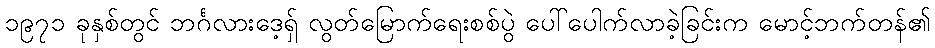
၁၉၇၁ ခုနှစ်တွင် ဘင်္ဂလားဒေ့ရှ် လွတ်မြောက်ရေးစစ်ပွဲ ပေါ်ပေါက်လာခဲ့ခြင်းက မောင့်ဘက်တန်၏